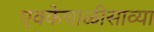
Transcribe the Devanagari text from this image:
एक्केचाळीसाव्या